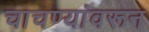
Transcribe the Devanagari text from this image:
चाचण्यांवरून